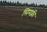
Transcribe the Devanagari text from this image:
सिमफ्नी